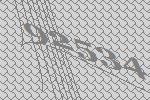
92534